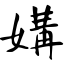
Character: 媾